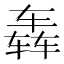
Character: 𮷛